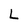
Character: L